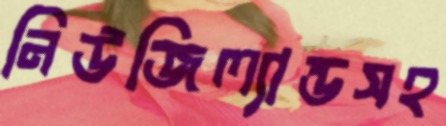
নিউজিল্যান্ডসহ